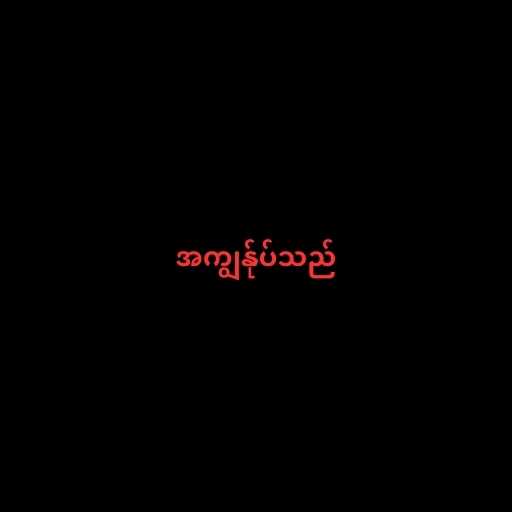
အကျွန်ုပ်သည်